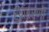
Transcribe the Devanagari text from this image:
रुपांतरणों